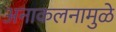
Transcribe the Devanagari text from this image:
अनाकलनामुळे